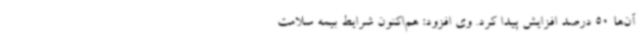
آن‌ها 50 درصد افزایش پیدا کرد. وی افزود: هم‌اکنون شرایط بیمه سلامت